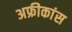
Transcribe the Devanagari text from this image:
अफ्रीकांस